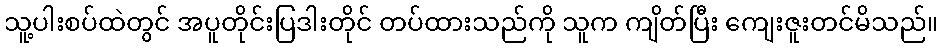
သူ့ပါးစပ်ထဲတွင် အပူတိုင်းပြဒါးတိုင် တပ်ထားသည်ကို သူက ကျိတ်ပြီး ကျေးဇူးတင်မိသည်။